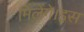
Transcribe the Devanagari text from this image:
मिलेंगे।इस